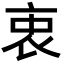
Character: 衷